Vaccination in the Punjab 1897-1904 - 1897-1904
Year: 1897
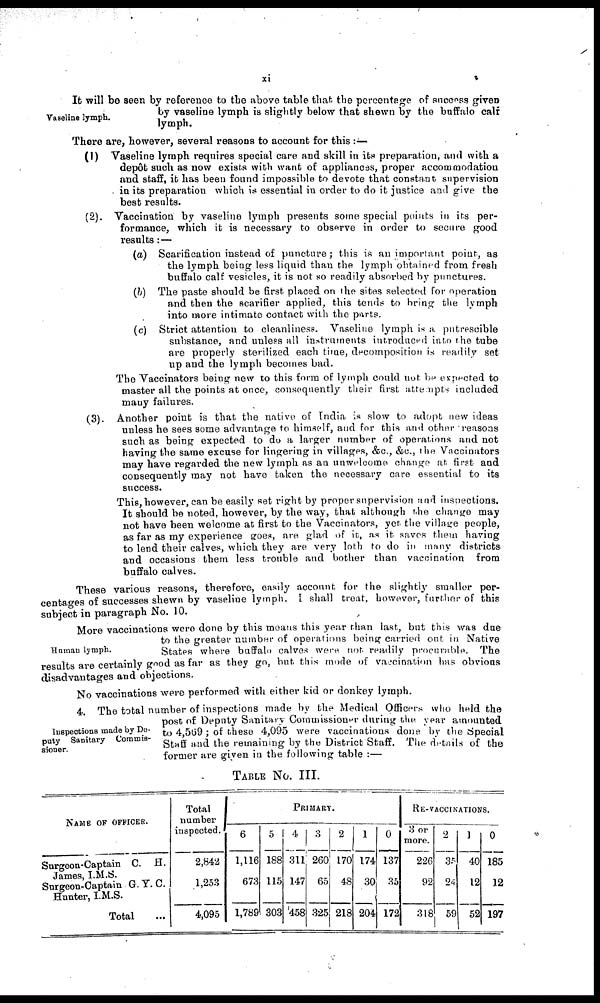
xi
Vaseline lymph.
It will be seen by reference to the above table that the percentage of success given
by vaseline lymph is slightly below that shewn by the buffalo calf
lymph.
There are, however, several reasons to account for this :—
(1) Vaseline lymph requires special care and skill in its preparation, and with a
depôt such as now exists with want of appliances, proper accommodation
and staff, it has been found impossible to devote that constant supervision
in its preparation which is essential in order to do it justice and give the
best results.
(2). Vaccination by vaseline lymph presents some special points in its per-
formance, which it is necessary to observe in order to secure good
results :—
(a) Scarification instead of puncture; this is an important point, as
the lymph being less liquid than the lymph obtained from fresh
buffalo calf vesicles, it is not so readily absorbed by punctures.
(b) The paste should be first placed on the sites selected for operation
and then the scarifier applied, this tends to bring the lymph
into more intimate contact with the parts.
(c) Strict attention to cleanliness. Vaseline lymph is a putrescible
substance, and unless all instruments introduced into the tube
are properly sterilized each time, decomposition is readily set
up and the lymph becomes bad.
The Vaccinators being new to this form of lymph could not be expected to
master all the points at once, consequently their first attempts included
many failures.
(3). Another point is that the native of India is slow to adopt new ideas
unless he sees some advantage to himself, and for this and other reasons
such as being expected to do a larger number of operations and not
having the same excuse for lingering in villages, &c, &c., the Vaccinators
may have regarded the new lymph as an unwelcome change at first and
consequently may not have taken the necessary care essential to its
success.
This, however, can be easily set right by proper supervision and inspections.
It should be noted, however, by the way, that although the change may
not have been welcome at first to the Vaccinators, yet the village people,
as far as my experience goes, are glad of it, as it saves them having
to lend their calves, which they are very loth to do in many districts
and occasions them less trouble and bother than vaccination from
buffalo calves.
These various reasons, therefore, easily account for the slightly smaller per-
centages of successes shewn by vaseline lymph. I shall treat, however, further of this
subject in paragraph No. 10.
Human lymph.
More vaccinations were done by this means this year than last, but this was due
to the greater number of operations being carried out in Native
States where buffalo calves were not readily procurable. The
results are certainly good as far as they go, but this mode of vaccination Iras obvious
disadvantages and objections.
No vaccinations were performed with either kid or donkey lymph.
Inspections made by De-
puty Sanitary Commis-
sioner.
4. The total number of inspections made by the Medical Officers who held the
post of Deputy Sanitary Commissioner during the. year amounted
to 4,569 ; of these 4,095 were vaccinations done by the Special
Staff and the remaining by the District Staff. The details of the
former are given in the following table :—
TABLE No. III.
NAME OF OFFICER.
Surgeon-Captain C. H.
James, I.M.S.
Surgeon-Captain G. Y. C.
Hunter, I.M.S.
Total
Total
number
inspected.
2,842
1,253
4,095
PRIMARY.
6
1,116
673
1,789
5
188
115
303
4
311
147
458
3
260
65
325
2
170
48
218
1
174
30
204
0
137
35
172
RE-VACCINATIONS.
3 or
more.
226
92
318
2
35
24
59
1
40
12
52
0
185
12
197